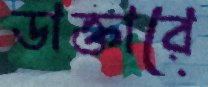
ডাক্তারে